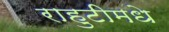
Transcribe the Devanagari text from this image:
राहुटीमधे